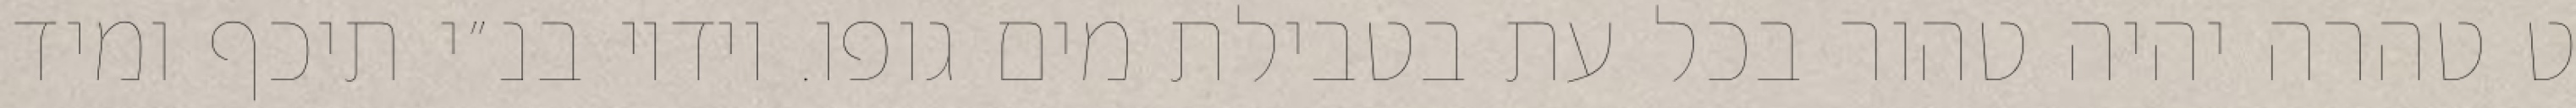
ט טהרה יהיה טהור בכל עת בטבילת מים גופו. וידיו בנ״י תיכף ומיד